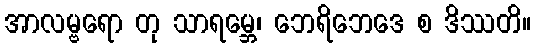
အာလမ္ဗရော တု သာရမ္ဘေ၊ ဘေရိဘေဒေ စ ဒိဿတိ။